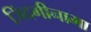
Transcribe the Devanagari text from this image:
जिंदगीनामा